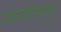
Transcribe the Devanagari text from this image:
थिरुवणमियुर